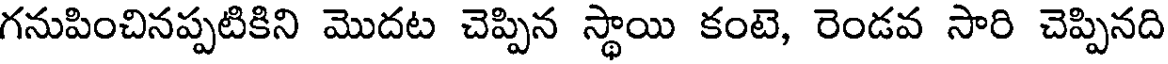
గనుపించినప్పటికిని మొదట చెప్పిన స్థాయి కంటె, రెండవ సారి చెప్పినది